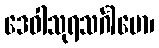
ဒေဝါသုရသင်္ဂါမော၊